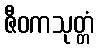
ဇီဝကသုတ္တံ